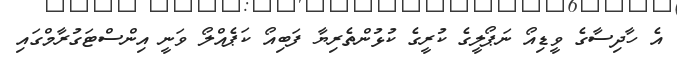
އެ ހާދިސާގެ ވީޑިއޯ ނަޕޯލީގެ ކުރީގެ ކުޅުންތެރިޔާ ފަބިއޯ ކަޕެއްލޯ ވަނީ އިންސްޓަގުރާމްގައި